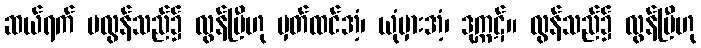
ဆယ်ရက် မလွန်သည်၌ လွန်ပြီဟု မှတ်ထင်အံ့၊ ယုံမှားအံ့၊ ဒုက္ကဋ်။ လွန်သည်၌ လွန်ပြီဟု